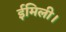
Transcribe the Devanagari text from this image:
ईमिली।